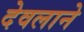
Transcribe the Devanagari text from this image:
देवलाने